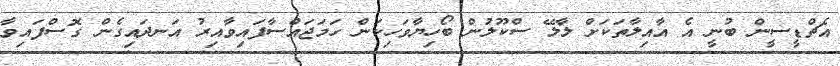
އެޗްޑީސީން ބުނީ އެ އާއިލާތަކަށް ލާލޭ ސްކޫލުން ބޯހިޔާވަހިކަން ހަމަޖައްސާފައިވާއިރު އަނދައިގެން ގޮސްފައިވާ